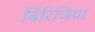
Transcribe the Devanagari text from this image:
बिरिजिया